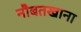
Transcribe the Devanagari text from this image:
नौबतखाना